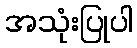
အသုံးပြုပါ